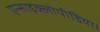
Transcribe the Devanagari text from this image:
एन्साइक्लोपीडिया।